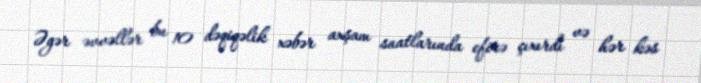
Əgər əvvəllər bu 10 dəqiqəlik xəbər axşam saatlarında efirə çıxırdı və hər kəs